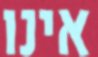
אינו